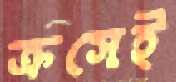
ক্রসেই